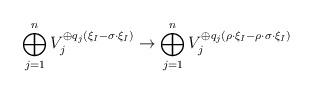
LaTeX: \begin{align*}\bigoplus_{j=1}^n V_j^{\oplus q_j(\xi_I - \sigma \cdot \xi_I)} \to \bigoplus_{j=1}^n V_j^{\oplus q_j(\rho \cdot \xi_I - \rho\cdot \sigma \cdot \xi_I)}\end{align*}